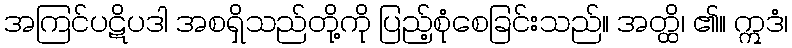
အကြင်ပဋိပဒါ အစရှိသည်တို့ကို ပြည့်စုံစေခြင်းသည်။ အတ္ထိ၊ ၏။ ဣဒံ၊